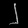
Digit: ၂